Civil Veterinary Department. Madras. Admin. report 1926-33 - 1926-1933
Year: 1926
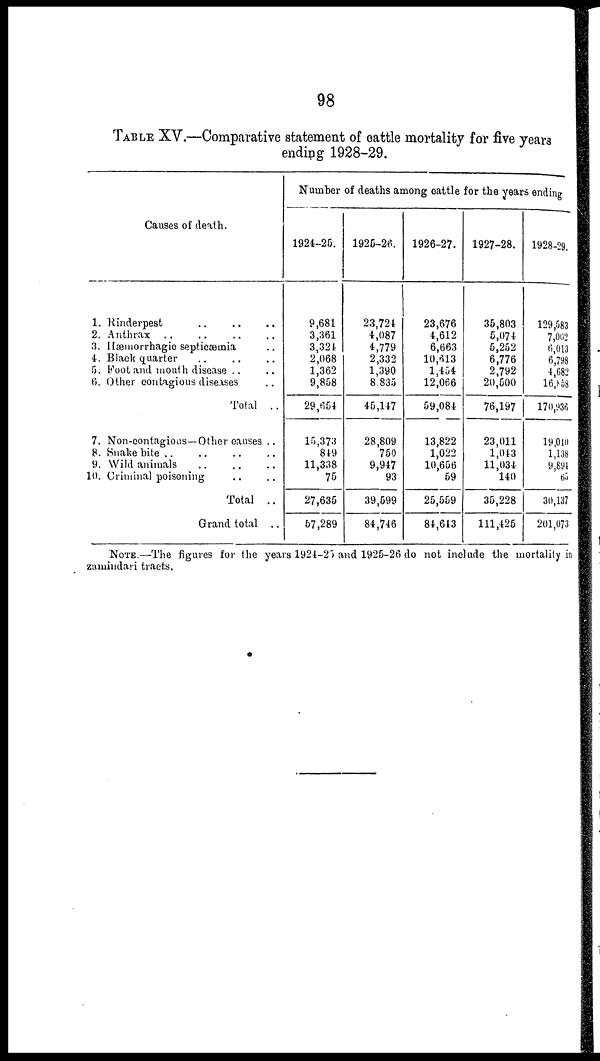
98
TABLE XV.—Comparative statement of cattle mortality for five years
ending 1928-29.
Causes of death.
1.Rinderpest .. .. ..
2. Anthrax .. .. .. ..
3. Hæmorrhagic septicæmia ..
4. Black quarter .. .. ..
5. Foot and mouth disease .. ..
6. Other contagious diseases ..
Total ..
7. Non-contagious—Other causes ..
8. Snake bite .. .. .. ..
9. Wild animals .. .. ..
10. Criminal poisoning .. ..
Total ..
Grand total ..
Number of deaths among cattle for the years ending
1924-25.
9,681
3,361
3,324
2,068
1,362
9,858
29,654
15,373
819
11,338
75
27,635
57,289
1925-26.
23,724
4,087
4,779
2,332
1,390
8.835
45,147
28,809
750
9,947
93
39,599
84,746
1926-27.
23,676
4,612
6,663
10,613
1,454
12,066
59,084
13,822
1,022
10,656
59
25,559
84,643
1927-28.
35,803
5,074
5,252
6,776
2,792
20,500
76,197
23,011
1,043
11,034
140
35,228
111,425
1928-29.
129,083
7,002
6,013
6,798
4,682
16,858
170,936
19,040
1,138
9,894
65
30,137
201,073
NOTE.—The figures for the years 1924-25) and 1925-26 do not include the mortality in
zamindari tracts.